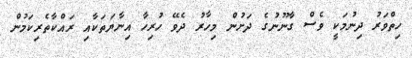
ހިތްވަރު ދިނުމަކީ ވެސް ގާނޫނުގެ ދަށުން މިހާރު ދެވޭ ހުރިހާ އިނާޔަތަކާއި ރައްކާތެރިކަމުން